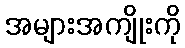
အများအကျိုးကို